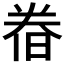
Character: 𣇃